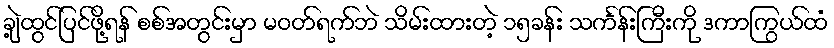
ချဲ့ထွင်ပြင်ဖို့ရန် စစ်အတွင်းမှာ မဝတ်ရက်ဘဲ သိမ်းထားတဲ့ ၁၅ခန်း သင်္ကန်းကြီးကို ဒကာကြွယ်ထံ